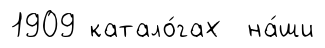
1909 катало́гах на́ши